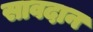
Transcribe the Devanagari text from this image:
सावदान